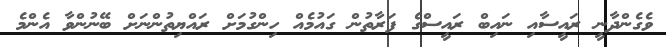
ވެގެންދާނީ ރައީސާއި ނައިބް ރައީސްގެ ފަރާތުން ގައުމެއް ހިންގުމަށް ރައްޔިތުންނަށް ބޭނުންވާ އެންމެ